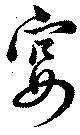
宴